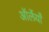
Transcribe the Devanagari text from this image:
ऑर्लेयाँ